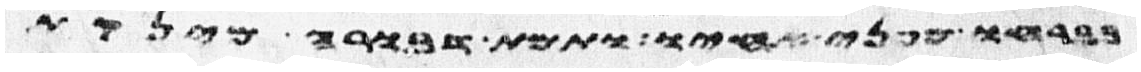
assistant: בברחו מפני אחיו ותמת דבורה מינקת